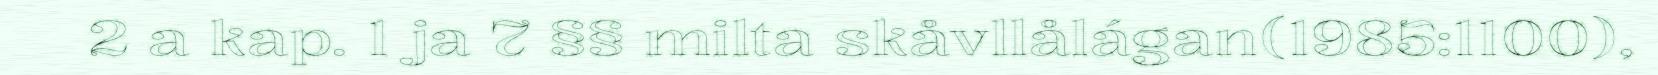
2 a kap. 1 ja 7 §§ milta skåvllålágan(1985:1100),